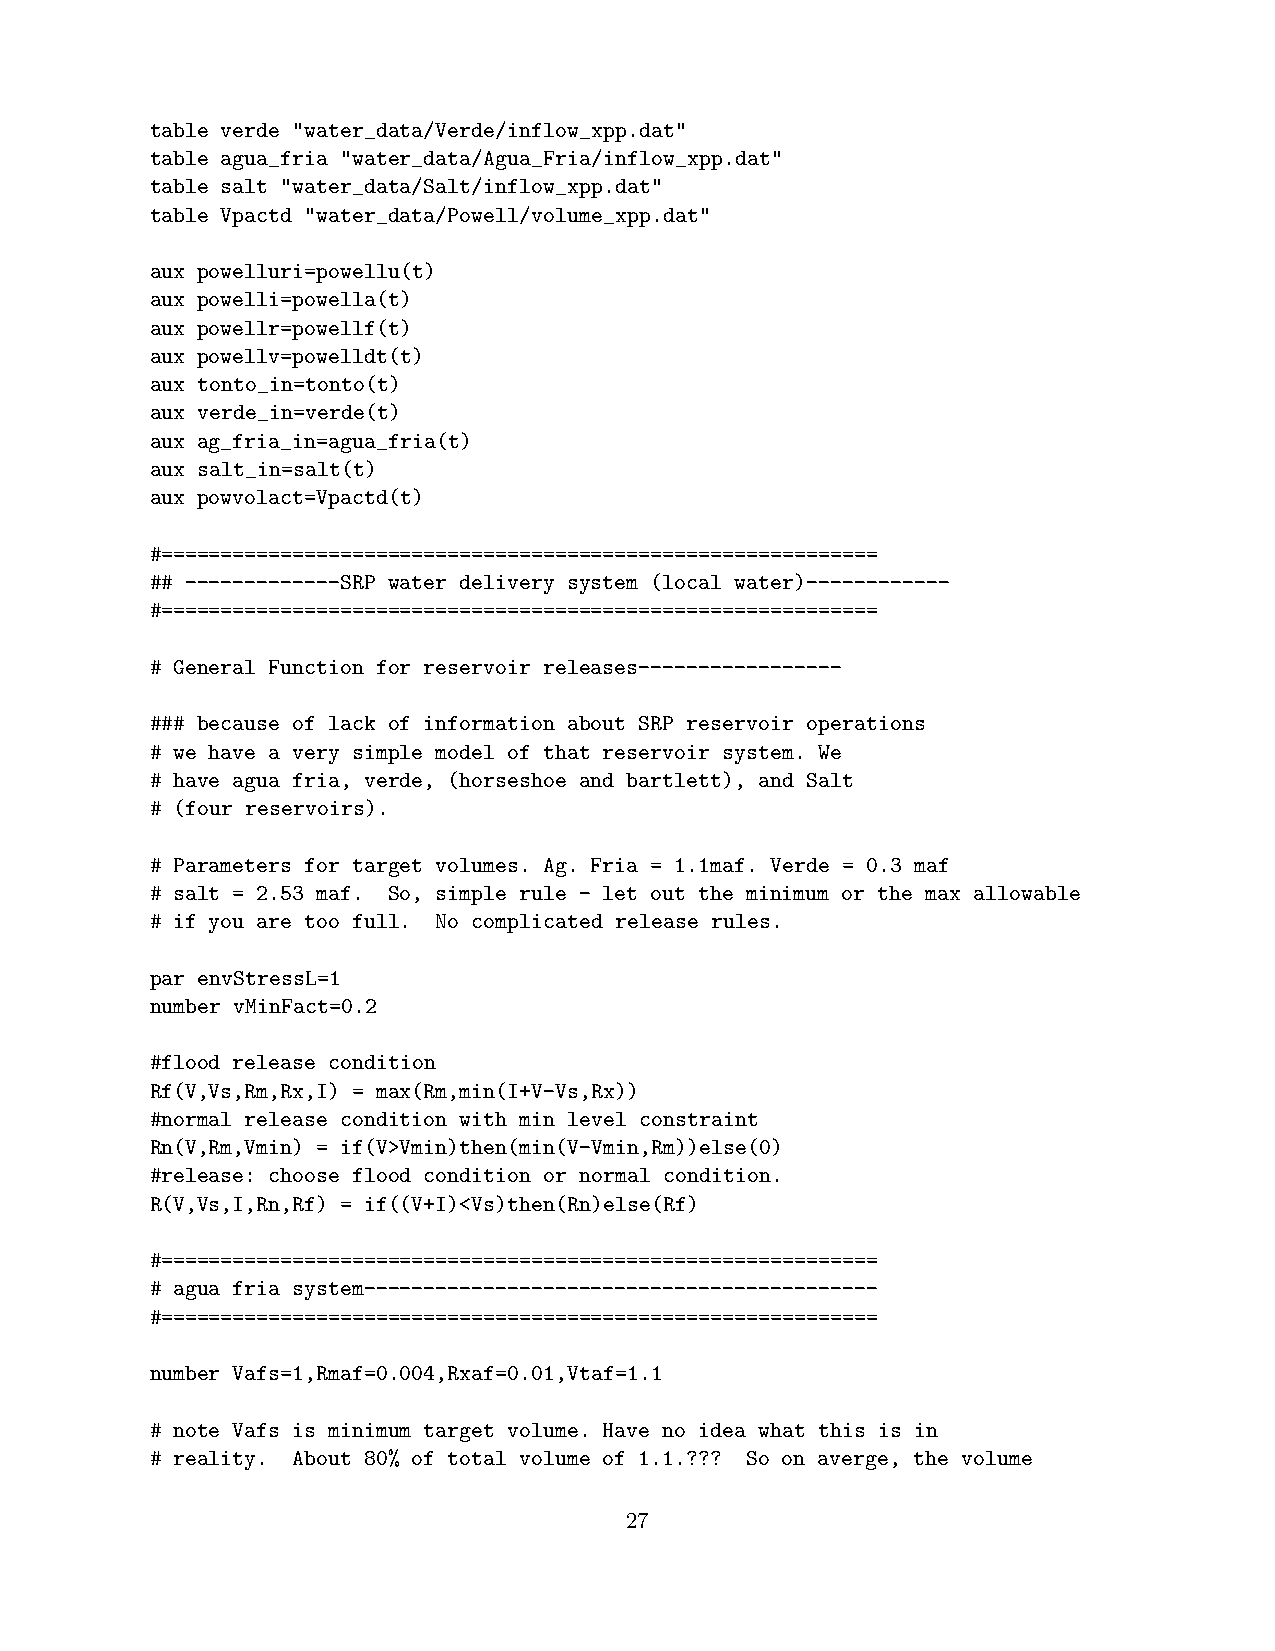
table verde "water_data/Verde/inflow_xpp.dat"
 table agua_fria "water_data/Agua_Fria/inflow_xpp.dat"
 table salt "water_data/Salt/inflow_xpp.dat"
 table Vpactd "water_data/Powell/volume_xpp.dat"
 aux powelluri=powellu(t)
 aux powelli=powella(t)
 aux powellr=powellf(t)
 aux powellv=powelldt(t)
 aux tonto_in=tonto(t)
 aux verde_in=verde(t)
 aux ag_fria_in=agua_fria(t)
 aux salt_in=salt(t)
 aux powvolact=Vpactd(t)
 #============================================================
 ## -------------SRP water delivery system (local water)------------
 #============================================================
 # General Function for reservoir releases-----------------
 ### because of lack of information about SRP reservoir operations
 # we have a very simple model of that reservoir system. We
 # have agua fria, verde, (horseshoe and bartlett), and Salt
 # (four reservoirs).
 # Parameters for target volumes. Ag. Fria = 1.1maf. Verde = 0.3 maf
 # salt = 2.53 maf. So, simple rule - let out the minimum or the max allowable
 # if you are too full. No complicated release rules.
 par envStressL=1
 number vMinFact=0.2
 #flood release condition
 Rf(V,Vs,Rm,Rx,I) = max(Rm,min(I+V-Vs,Rx))
 #normal release condition with min level constraint
 Rn(V,Rm,Vmin) = if(V>Vmin)then(min(V-Vmin,Rm))else(0)
 #release: choose flood condition or normal condition.
 R(V,Vs,I,Rn,Rf) = if((V+I)<Vs)then(Rn)else(Rf)
 #============================================================
 # agua fria system-------------------------------------------
 #============================================================
 number Vafs=1,Rmaf=0.004,Rxaf=0.01,Vtaf=1.1
 # note Vafs is minimum target volume. Have no idea what this is in
 # reality. About 80% of total volume of 1.1.??? So on averge, the volume
 27